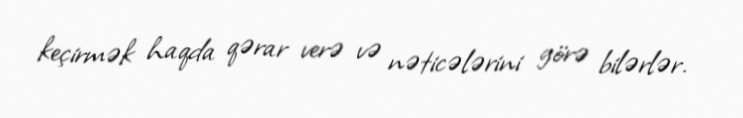
keçirmək haqda qərar verə və nəticələrini görə bilərlər.